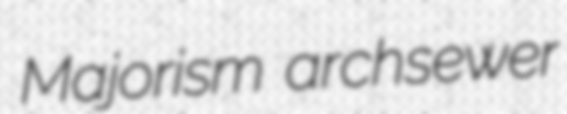
Majorism archsewer